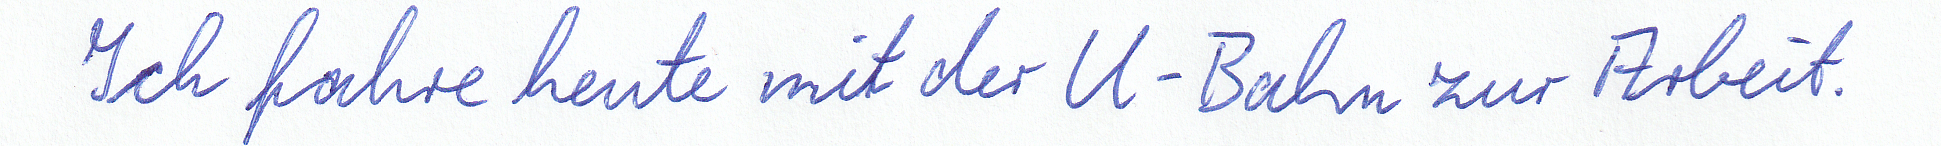
Ich fahre heute mit der U-Bahn zur Arbeit.